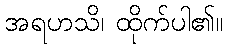
အရဟသိ၊ ထိုက်ပါ၏။